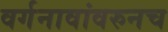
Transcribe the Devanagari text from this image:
वर्गनावांवरुनच